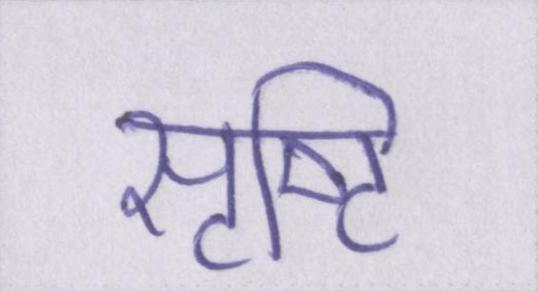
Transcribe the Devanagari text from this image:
सृष्टि